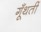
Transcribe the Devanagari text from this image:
गूँथतीं